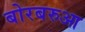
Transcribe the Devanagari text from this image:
बोरबरुआ